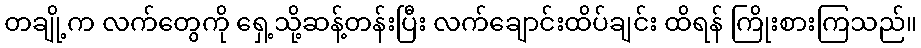
တချို့က လက်တွေကို ရှေ့သို့ဆန့်တန်းပြီး လက်ချောင်းထိပ်ချင်း ထိရန် ကြိုးစားကြသည်။